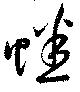
蟋